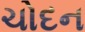
ચોદન